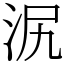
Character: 泦